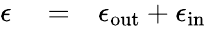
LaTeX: \begin{array}{rlr}{\epsilon}&{{}=}&{\epsilon_{\mathrm{out}}+\epsilon_{\mathrm{in}}}\end{array}